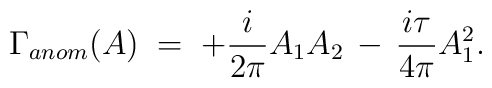
\Gamma_{anom} (A) \;=\; + \frac{i}{2 \pi} A_1 A_2 \,-\,\frac{i \tau}{4 \pi} A_1^2 .